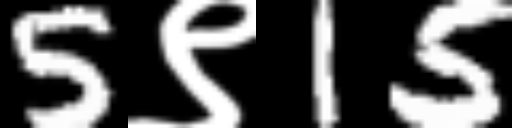
Text: 5९15